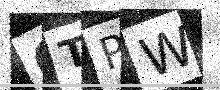
Text: OTPW